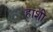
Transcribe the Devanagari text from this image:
हाशी